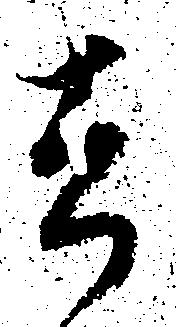
去